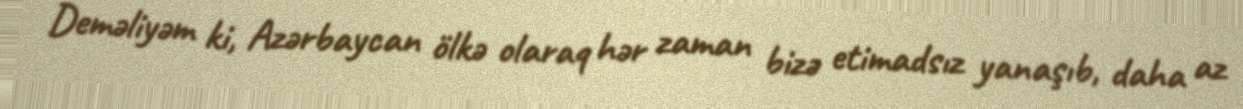
Deməliyəm ki, Azərbaycan ölkə olaraq hər zaman bizə etimadsız yanaşıb, daha az